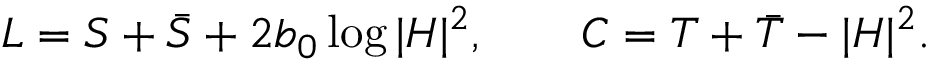
L = S + \bar { S } + 2 b _ { 0 } \log | H | ^ { 2 } , \qquad C = T + \bar { T } - | H | ^ { 2 } .